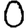
Digit: 0